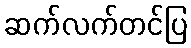
ဆက်လက်တင်ပြ